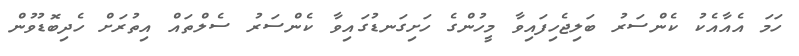
ހަމަ އެއާއެކު ކެންސަރު ބަލިޖެހިފައިވާ މީހުންގެ ހަށިގަނޑުގައިވާ ކެންސަރު ސެލްތައް އިތުރަށް ހެދިބޮޑުވުން